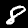
Label: 8